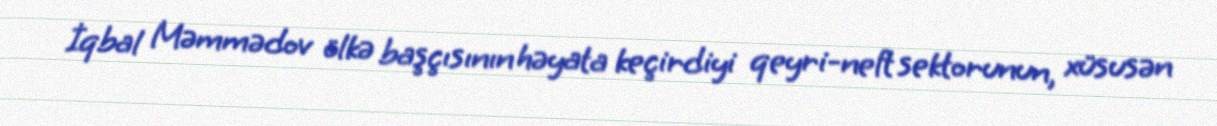
İqbal Məmmədov ölkə başçısının həyata keçirdiyi qeyri-neft sektorunun, xüsusən